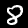
Digit: 8